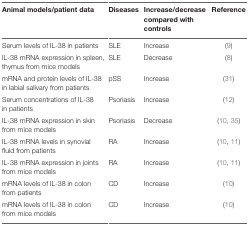
<table><thead><tr><td><b>Animal models/patient data</b></td><td><b>Diseases</b></td><td><b>Increase/decrease compared with controls</b></td><td><b>Reference</b></td></tr></thead><tbody><tr><td>Serum levels of IL-38 in patients</td><td>SLE</td><td>Increase</td><td>(9)</td></tr><tr><td>IL-38 mRNA expression in spleen, thymus from mice models</td><td>SLE</td><td>Decrease</td><td>(8)</td></tr><tr><td>mRNA and protein levels of IL-38 in labial salivary from patients</td><td>pSS</td><td>Increase</td><td>(31)</td></tr><tr><td>Serum concentrations of IL-38 in patients</td><td>Psoriasis</td><td>Increase</td><td>(12)</td></tr><tr><td>IL-38 mRNA expression in skin from mice models</td><td>Psoriasis</td><td>Decrease</td><td>(10, 35)</td></tr><tr><td>IL-38 mRNA levels in synovial fluid from patients</td><td>RA</td><td>Increase</td><td>(10, 11)</td></tr><tr><td>IL-38 mRNA expression in joints from mice models</td><td>RA</td><td>Increase</td><td>(10, 11)</td></tr><tr><td>mRNA levels of IL-38 in colon from patients</td><td>CD</td><td>Increase</td><td>(10)</td></tr><tr><td>mRNA levels of IL-38 in colon from mice models</td><td>CD</td><td>Increase</td><td>(10)</td></tr></tbody></table>